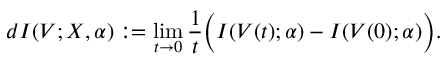
d I ( V ; X , \alpha ) : = \operatorname* { l i m } _ { t \to 0 } \frac { 1 } { t } \Big ( I ( V ( t ) ; \alpha ) - I ( V ( 0 ) ; \alpha ) \Big ) .